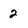
Character: 2